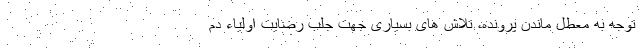
توجه به معطل ماندن پرونده، تلاش های بسیاری جهت جلب رضایت اولیاء دم